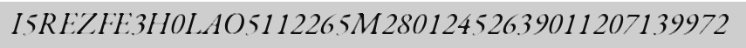
I5REZFE3H0LAO5112265M28012452639011207139972